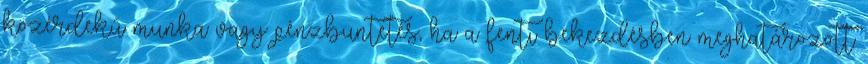
közérdekű munka vagy pénzbüntetés, ha a fenti bekezdésben meghatározott